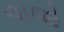
લાજો